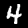
Digit: 4